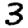
Digit: 3